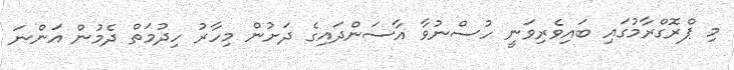
މި ޕްރޮގްރާމުގައި ބައިވެރިވަނީ ހުސްނުވާ އާސަންދައިގެ ދަށުން މިހާރު ހިދުމަތް ދެމުން އަންނަ